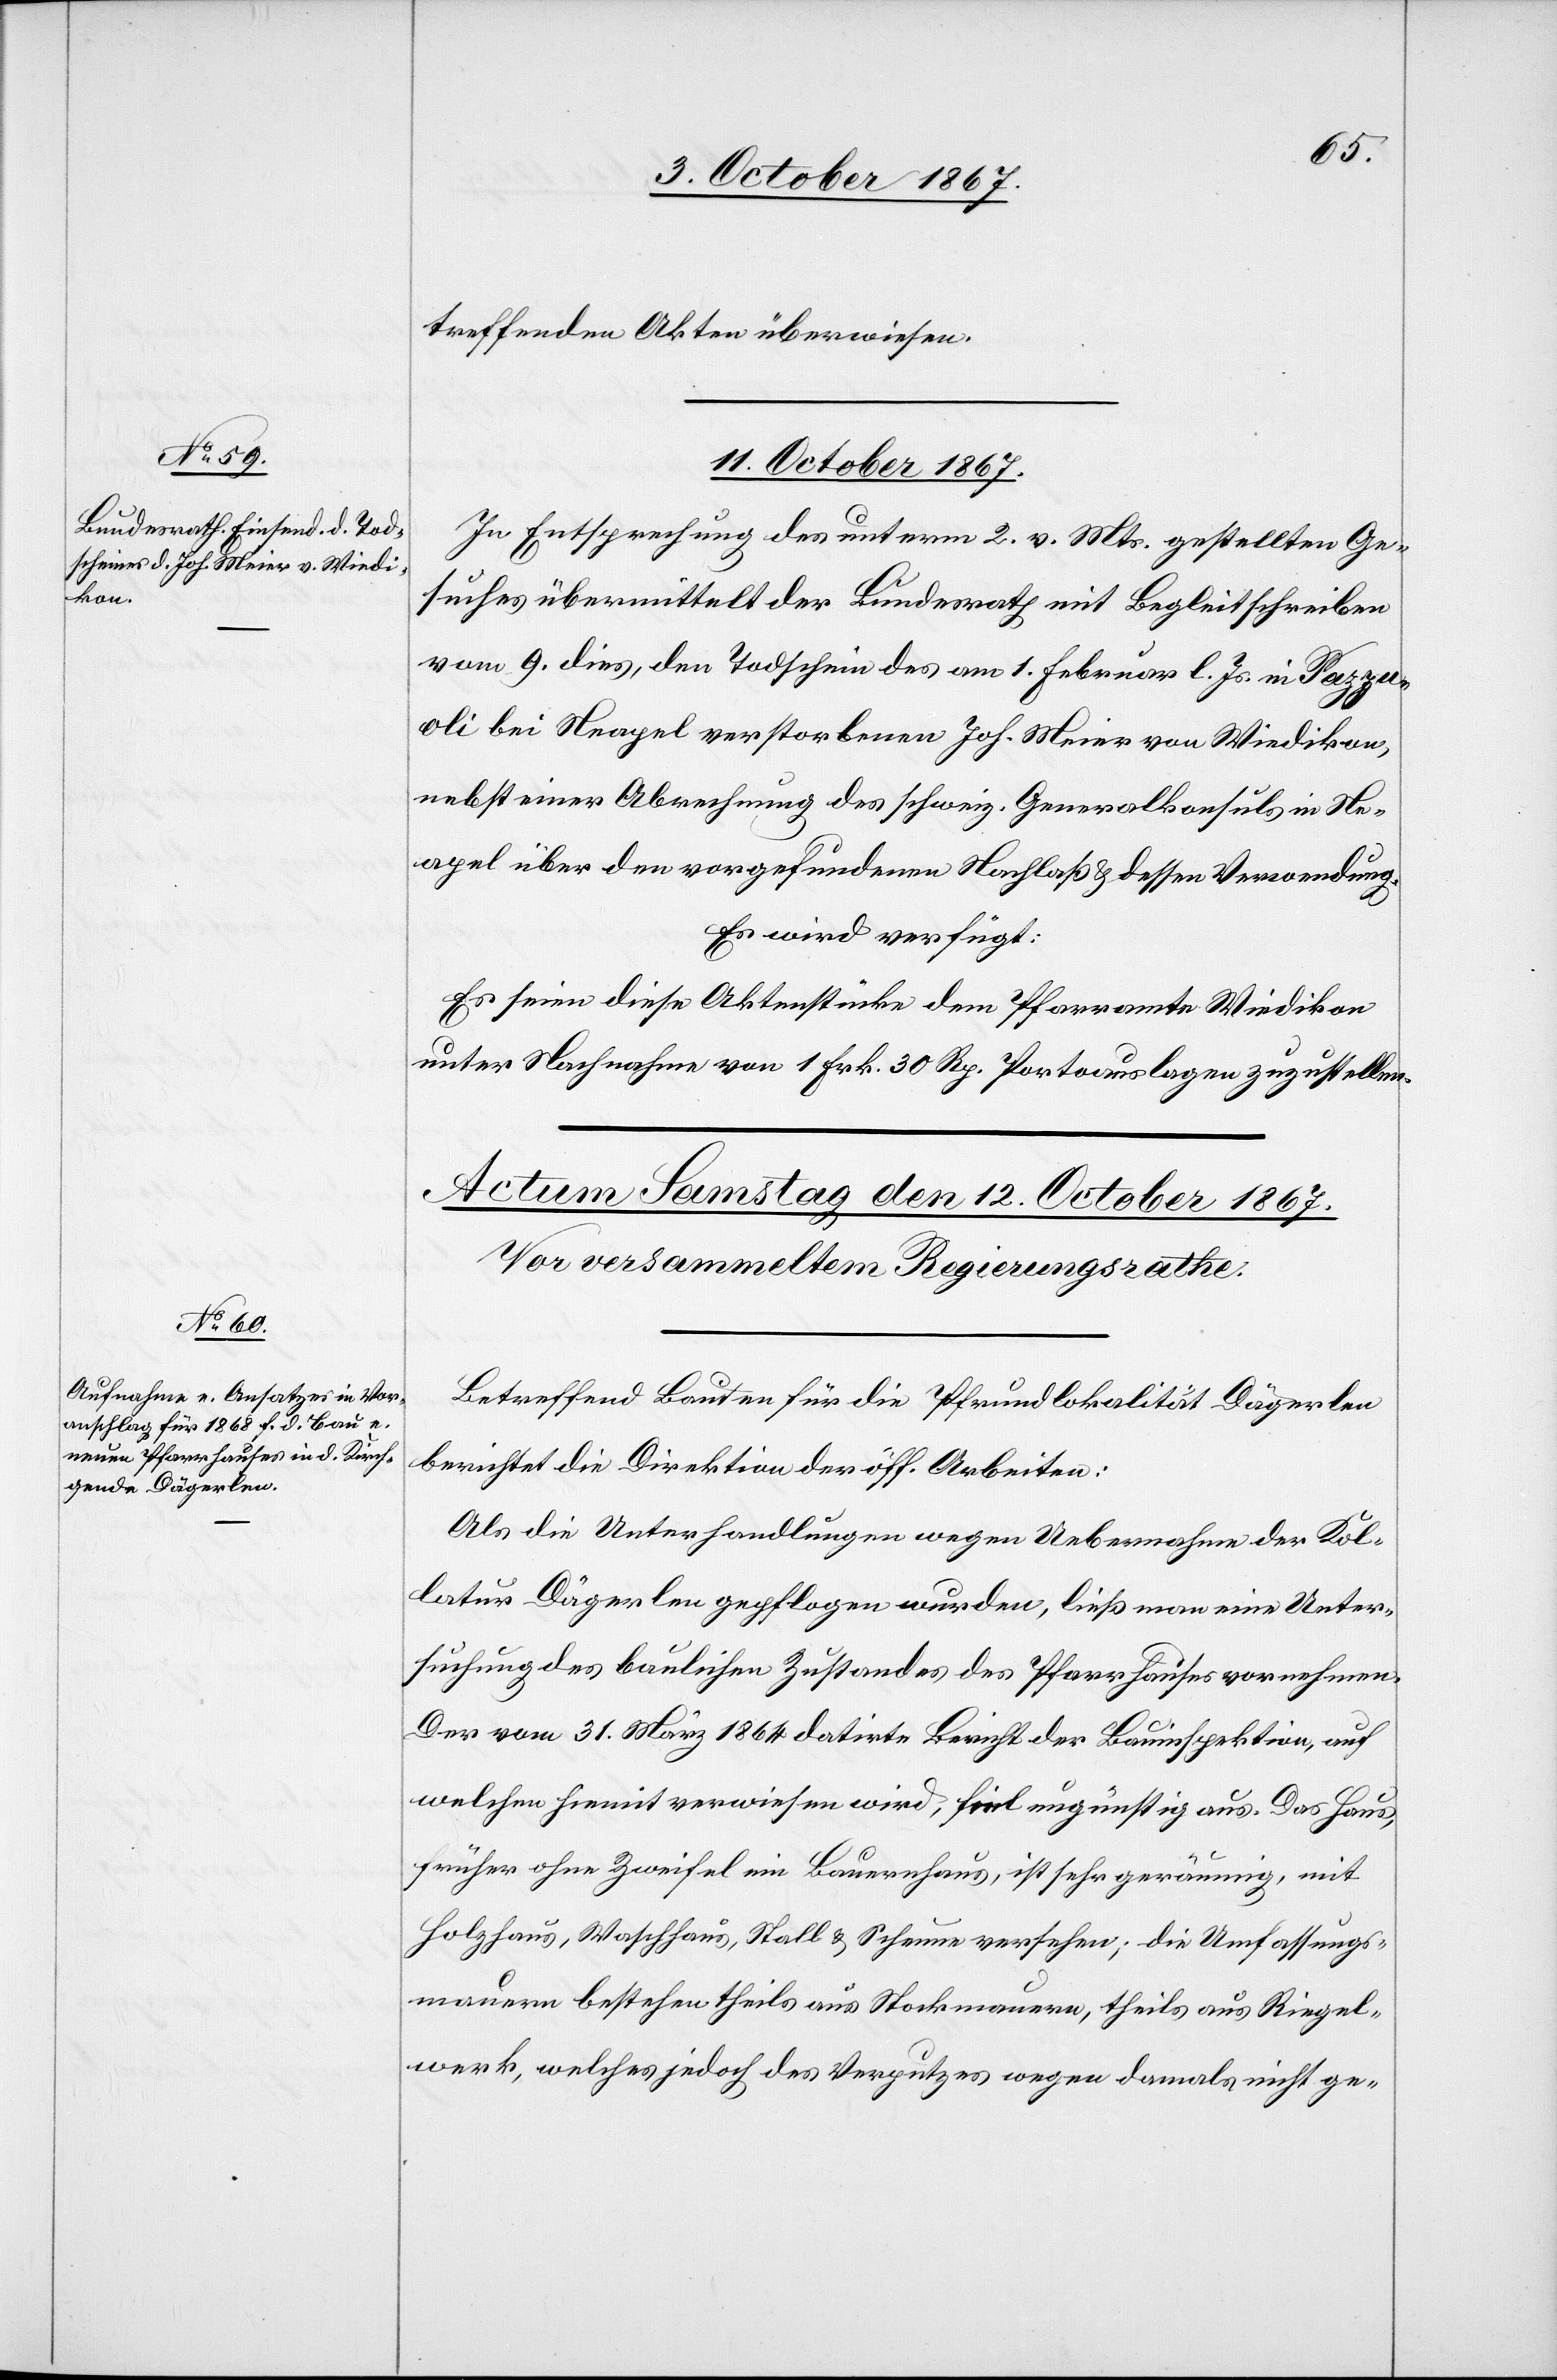
treffenden Akten überwiesen.
11. October 1867.
In Entsprechung des unterm 2. v. Mts. gestellten Ge¬
suches übermittelt der Bundesrath mit Begleitschreiben
vom 9. dies, den Todschein des am 1. Februar l Js. in Pezza¬
oli bei Neapel verstorbenen Joh. Meier von Wiedikon,
nebst einer Abrechnung des schweiz. Generalkonsuls in Ne¬
apel über den vorgefundenen Nachlaß u. dessen Verwendung.
Es wird verfügt:
Es seien diese Aktenstücke dem Pfarramte Wiedikon
unter Nachnahme von 1 Frk. 30 Rp. Portoauslagen zuzustellen.
Betreffend Bauten für die Pfrundlokalität Dägerlen
berichtet die Direktion der öff. Arbeiten:
Als die Unterhandlungen wegen Uebernahme der Kol¬
latur Dägerlen gepflogen wurden, ließ man eine Unter¬
suchung des baulichen Zustandes des Pfarrhauses vornehmen.
Der vom 31. März 1864 datirte Bericht der Bauinspektion, auf
welchen hiemit verwiesen wird, fiel ungünstig aus. Das Haus,
früher ohne Zweifel ein Bauernhaus, ist sehr geräumig, mit
Holzhaus, Waschhaus, Stall u. Scheune versehen; die Umfassungs¬
mauern bestehen theils aus Stockmauern, theils aus Riegel¬
werk, welches jedoch des Verputzes wegen damals nicht ge-